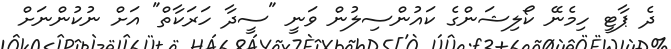
ދެ ޕާޓީ ހިމެނޭ ކޯލިޝަންގެ ކައުންސިލުން ވަނީ "ސީދާ ހަރަކާތް" އަށް ނުކުންނަށް